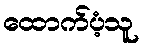
ထောက်ပံ့သူ